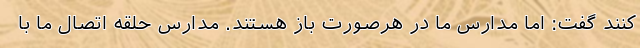
کنند گفت: اما مدارس ما در هرصورت باز هستند. مدارس حلقه اتصال ما با